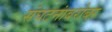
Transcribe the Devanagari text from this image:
संघटनांबरोबर